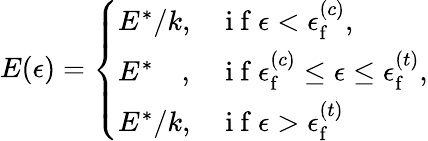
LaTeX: E(\epsilon)=\left\{ \begin{array}{ll}{E^{*}/k,}&{\mathrm{~i~f~}\epsilon<\epsilon_{\mathrm{f}}^{(c)},}\\ {E^{*}{\, \, \, \, \, \, },}&{\mathrm{~i~f~}\epsilon_{\mathrm{f}}^{(c)}\leq\epsilon\leq\epsilon_{\mathrm{f}}^{(t)},}\\ {E^{*}/k,}&{\mathrm{~i~f~}\epsilon>\epsilon_{\mathrm{f}}^{(t)}}\end{array}\right.